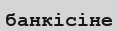
банкісіне